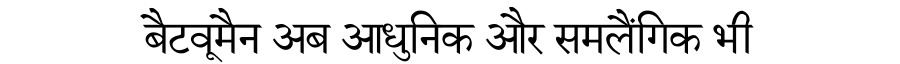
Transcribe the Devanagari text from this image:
बैटवूमैन अब आधुनिक और समलैंगिक भी